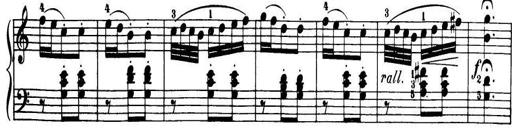
Title: 32 Sonatinas and Rondos for the Piano
Composer: Richard Kleinmichel